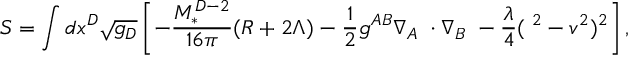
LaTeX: S = \int d x ^ { D } \sqrt { g _ { D } } \left[ - \frac { M _ { * } ^ { D - 2 } } { 1 6 \pi } ( R + 2 \Lambda ) - \frac 1 2 g ^ { A B } \nabla _ { A } { \bf \Phi } \cdot \nabla _ { B } { \bf \Phi } - \frac { \lambda } { 4 } ( { \bf \Phi } ^ { 2 } - v ^ { 2 } ) ^ { 2 } \right] ,